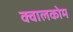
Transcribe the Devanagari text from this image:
क्वालकोम